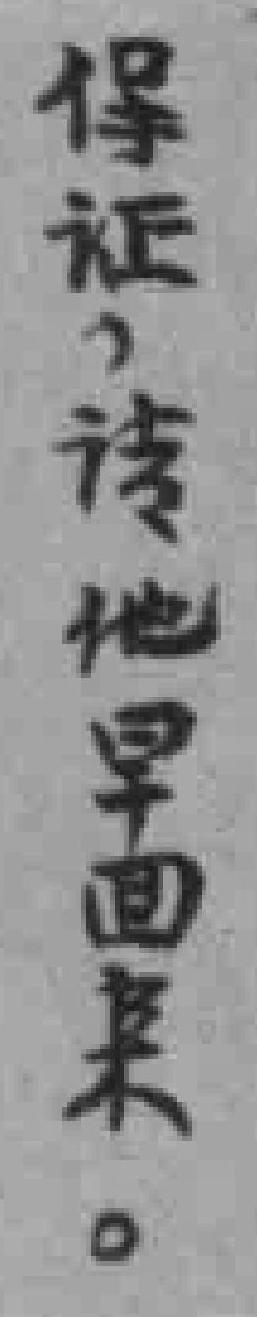
保证，请他早回来。